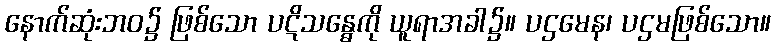
နောက်ဆုံးဘဝ၌ ဖြစ်သော ပဋိသန္ဓေကို ယူရာအခါ၌။ ပဌမေန၊ ပဌမဖြစ်သော။